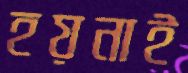
হয়নাই